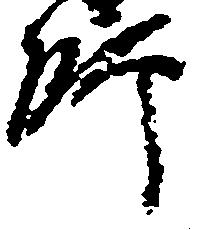
師